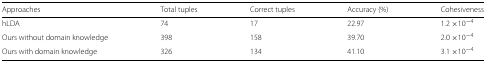
| Approaches | Total tuples | Correct tuples | Accuracy (%) | Cohesiveness |
 | --- | --- | --- | --- | --- |
 | hLDA | 74 | 17 | 22.97 | 1.2 ×10−4 |
 | Ours without domain knowledge | 398 | 158 | 39.70 | 2.0 ×10−4 |
 | Ours with domain knowledge | 326 | 134 | 41.10 | 3.1 ×10−4 |